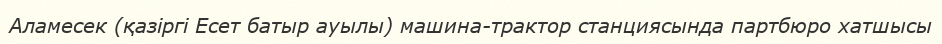
Аламесек (қазіргі Есет батыр ауылы) машина-трактор станциясында партбюро хатшысы